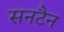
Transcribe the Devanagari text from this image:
सनटैन